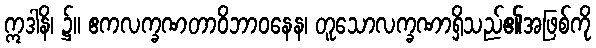
ဣဒါနိ၊ ၌။ ဧကလက္ခဏတာဝိဘာဝနေန၊ တူသောလက္ခဏာရှိသည်၏အဖြစ်ကို